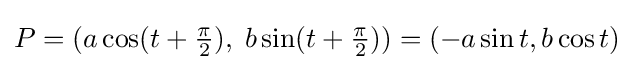
P=(a\cos(t+{\tfrac {\pi }{2}}),\;b\sin(t+{\tfrac {\pi }{2}}))=(-a\sin t,b\cos t)